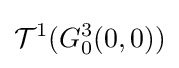
{\mathcal {T}}^{1}(G_{0}^{3}(0,0))